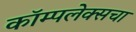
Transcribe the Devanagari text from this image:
कॉम्पलेक्सचा